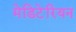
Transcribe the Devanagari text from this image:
मेडिटेरियन